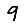
Digit: 9